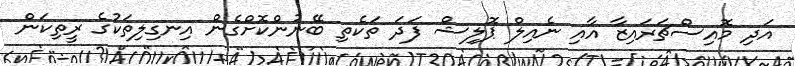
އަދި މޮއިސްޗަރައިޒާ އާއި ނެއިލް ޕޮލިޝް ފަދަ ތަކެތި ބޭނުންކޮށްގެން އިނގިލިތަކުގެ ރީތިކަން